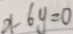
x - 6 y = 0